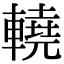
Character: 𨎬